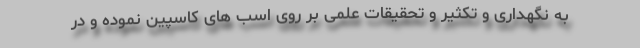
به نگهداری و تکثیر و تحقیقات علمی بر روی اسب های کاسپین نموده و در